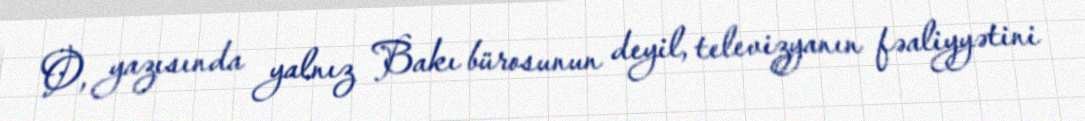
O, yazısında yalnız Bakı bürosunun deyil, televizyanın fəaliyyətini